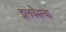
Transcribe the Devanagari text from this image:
इलवेसचा